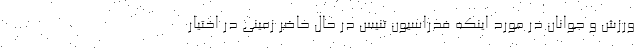
ورزش و جوانان در مورد اینکه فدراسیون تنیس در حال حاضر زمینی در اختیار